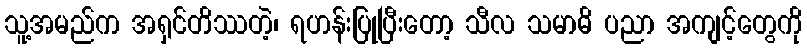
သူ့အမည်က အရှင်တိဿတဲ့၊ ရဟန်းပြုပြီးတော့ သီလ သမာဓိ ပညာ အကျင့်တွေကို